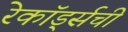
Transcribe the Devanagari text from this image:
रेकॉर्ड्सची